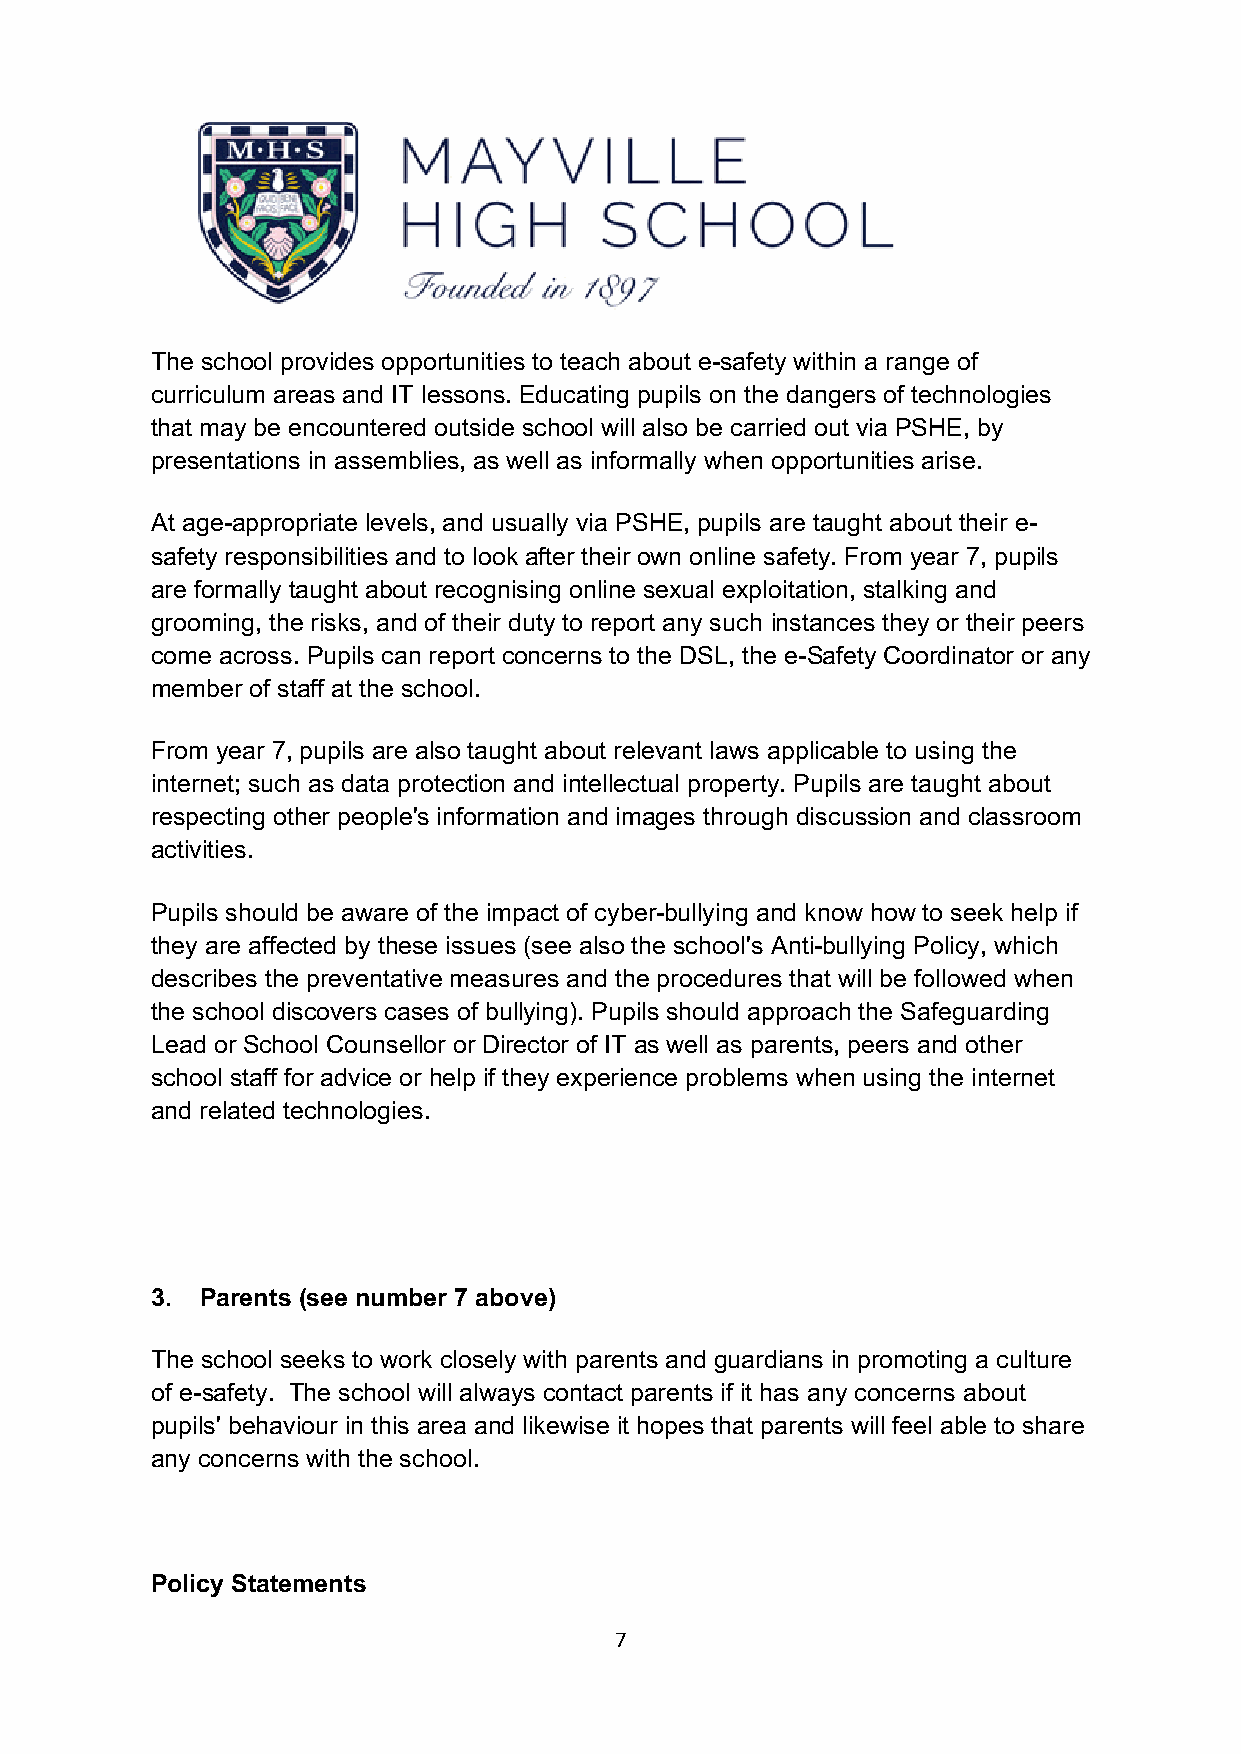
The school provides opportunities to teach about e-safety within a range of
 curriculum areas and IT lessons. Educating pupils on the dangers of technologies
 that may be encountered outside school will also be carried out via PSHE, by
 presentations in assemblies, as well as informally when opportunities arise.
 At age-appropriate levels, and usually via PSHE, pupils are taught about their e-
 safety responsibilities and to look after their own online safety. From year 7, pupils
 are formally taught about recognising online sexual exploitation, stalking and
 grooming, the risks, and of their duty to report any such instances they or their peers
 come across. Pupils can report concerns to the DSL, the e-Safety Coordinator or any
 member of staff at the school.
 From year 7, pupils are also taught about relevant laws applicable to using the
 internet; such as data protection and intellectual property. Pupils are taught about
 respecting other people's information and images through discussion and classroom
 activities.
 Pupils should be aware of the impact of cyber-bullying and know how to seek help if
 they are affected by these issues (see also the school's Anti-bullying Policy, which
 describes the preventative measures and the procedures that will be followed when
 the school discovers cases of bullying). Pupils should approach the Safeguarding
 Lead or School Counsellor or Director of IT as well as parents, peers and other
 school staff for advice or help if they experience problems when using the internet
 and related technologies.
 3. Parents (see number 7 above)
 The school seeks to work closely with parents and guardians in promoting a culture
 of e-safety. The school will always contact parents if it has any concerns about
 pupils' behaviour in this area and likewise it hopes that parents will feel able to share
 any concerns with the school.
 Policy Statements
 7